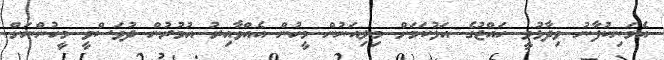
އެމަނިކުފާނު ވިދާޅުވީ ހައްޖުގެ އަޅުކަމަށް މިލިއަނުން މީހުން އެއްވާއިރު އުމުރުން ދުވަސްވީ މީހުންނަށް